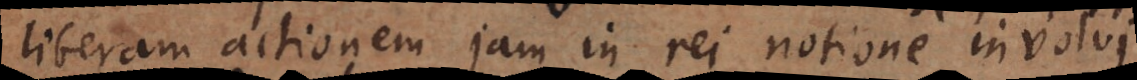
liberam actionem jam in rei notione involvi